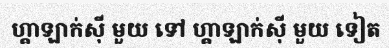
ហ្គាឡាក់ស៊ី មួយ ទៅ ហ្គាឡាក់ស៊ី មួយ ទៀត